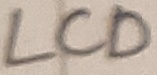
Text: LCD